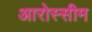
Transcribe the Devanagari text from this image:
आरोस्सीम